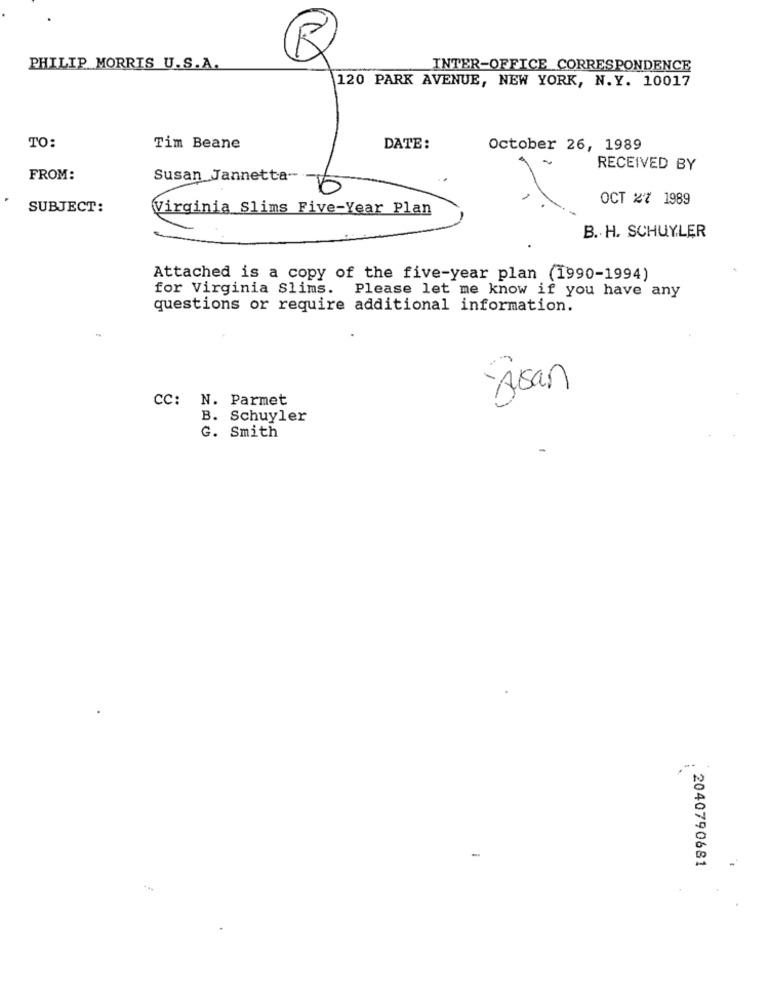
PHILIP MORRIS U.S.A.
INTER-OFFICE CORRESPONDENCE
120 PARK AVENUE, NEW YORK, N. Y. 10017
TO:
Tim Beane
DATE:
October 26, 1989
RECEIVED BY
FROM:
Susan Jannetta-
16
OCT 27 1989
SUBJECT:
Virginia Slims Five-Year Plan
B. H. SCHUYLER
Attached is a copy of the five-year plan (1990-1994)
for Virginia Slims. Please let me know if you have any
questions or require additional information.
Asan
CC: N. Parmet
B. Schuyler
G. Smith
2040790681